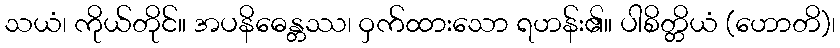
သယံ၊ ကိုယ်တိုင်။ အပနိဓေန္တဿ၊ ဝှက်ထားသော ရဟန်း၏။ ပါစိတ္တိယံ (ဟောတိ)၊